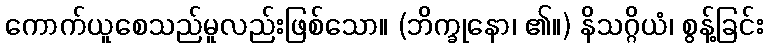
ကောက်ယူစေသည်မူလည်းဖြစ်သော။ (ဘိက္ခုနော၊ ၏။) နိသဂ္ဂိယံ၊ စွန့်ခြင်း